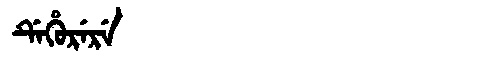
Manchu: ᡩᡝᡥᡠᡵᡝᡵᡝ
Romanization: DEHURERE